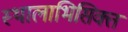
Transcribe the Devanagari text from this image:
स्थालाभिसिक्त